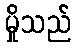
မှိုသည်